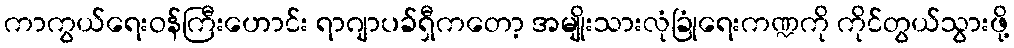
ကာကွယ်ရေးဝန်ကြီးဟောင်း ရာဂျာပခ်ရှီကတော့ အမျိုးသားလုံခြုံရေးကဏ္ဍကို ကိုင်တွယ်သွားဖို့